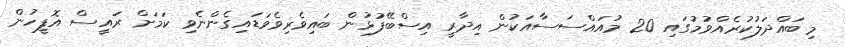
މި ބައްދަލުކުރެއްވުމުގައި 20 މުއައްސަސާއަކުން އިދާރީ އިސްބޭފުޅުން ބައިވެރިވެވަޑައިގެންނެވި ކަމަށް ރައީސް އޮފީހުން